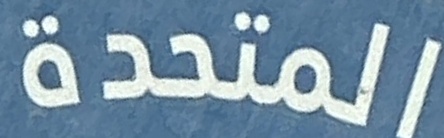
المتحدة